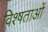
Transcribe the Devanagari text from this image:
विश्षताओं